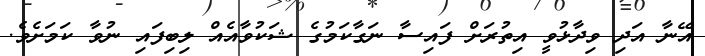
އޭނާ އަދި ވިދާޅުވީ އިތުރަށް ފައިސާ ނަގާކަމުގެ ޝަކުވާއެއް ލިިބިފައި ނުވާ ކަމަށެވެ.